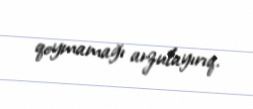
qoymamağı arzulayırıq.